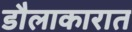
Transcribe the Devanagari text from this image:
डौलाकारात